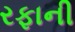
રફાની